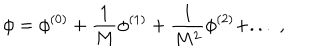
\phi = \phi ^ { ( 0 ) } + \frac { 1 } { M } \phi ^ { ( 1 ) } + \frac { 1 } { M ^ { 2 } } \phi ^ { ( 2 ) } + . . . \; ,